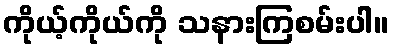
ကိုယ့်ကိုယ်ကို သနားကြစမ်းပါ။